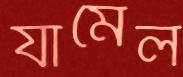
র‍্যামেল